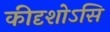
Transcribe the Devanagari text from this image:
कीदृशोऽसि